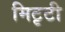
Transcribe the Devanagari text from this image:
मिटृटी